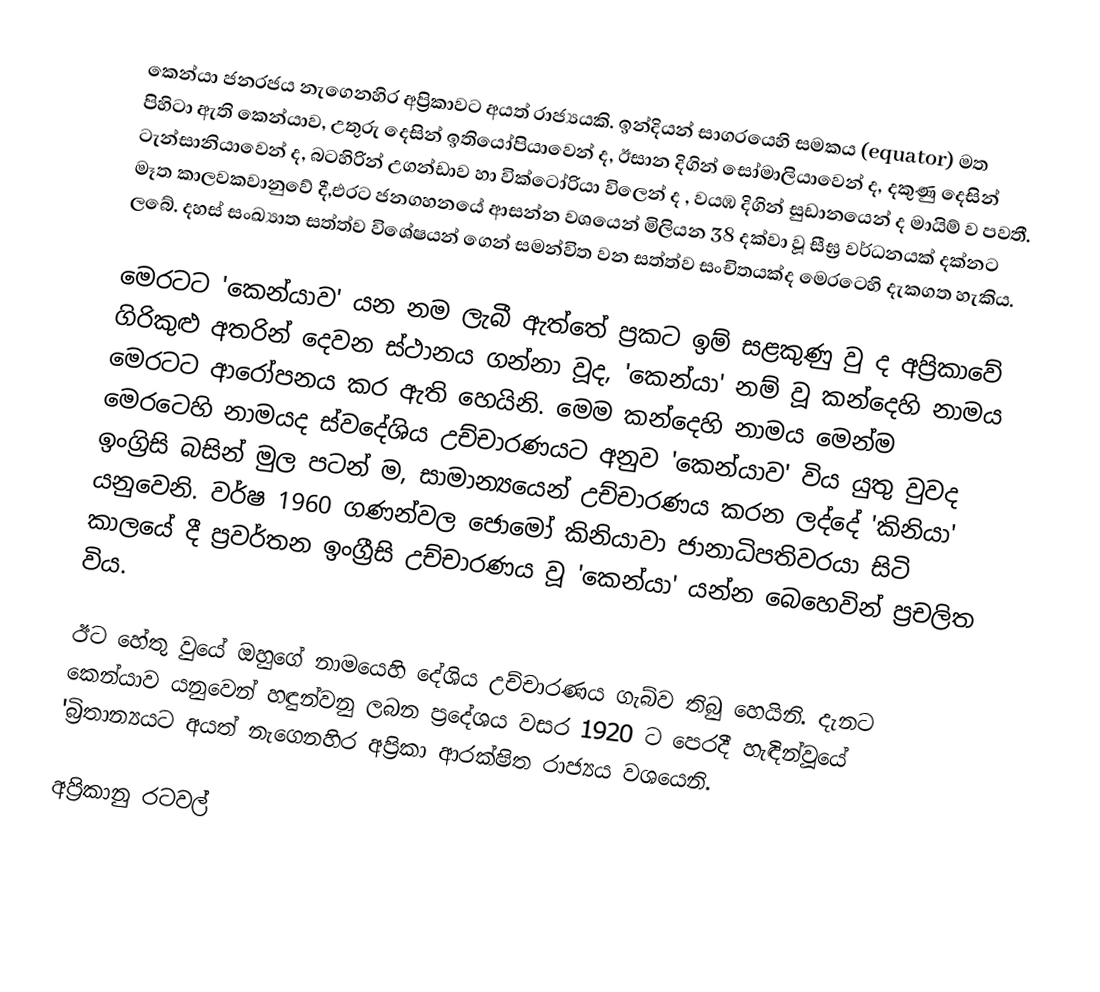
කෙන්යා ජනරජය නැගෙනහිර අප්‍රිකාවට අයත් රාජ්‍යයකි. ඉන්දියන් සාගරයෙහි සමකය (equator) මත පිහිටා ඇති කෙන්යාව, උතුරු දෙසින් ඉතියෝපියාවෙන් ද, ඊසාන දිගින් සෝමාලියාවෙන් ද, දකුණු දෙසින් ටැන්සානියාවෙන් ද, බටහිරින් උගන්ඩාව හා වි‍ක්ටෝරියා විලෙන් ද , වයඹ දිගින් සුඩානයෙන් ද මායිම් ව පවතී. මෑත කාලවකවානුවේ දී,එරට ජනගහනයේ  ආසන්න වශයෙන් මිලියන 38 දක්වා වූ සීඝ්‍ර වර්ධනයක් දක්නට ලබේ. දහස් සංඛ්‍යාත සත්ත්ව විශේෂයන් ගෙන් සමන්විත වන සත්ත්ව සංචිතයක්ද මෙරටෙහි දැකගත හැකිය.

මෙරටට 'කෙන්යාව' යන නම ලැබී ඇත්තේ ප්‍රකට ඉම් සළකුණු වු ද අප්‍රිකාවේ ගිරිකුළු අතරින් දෙවන ස්ථානය ගන්නා වූද, 'කෙන්යා'  නම් වූ කන්දෙහි නාමය මෙරටට ආරෝපනය කර ඇති හෙයිනි. මෙම කන්දෙහි නාමය මෙන්ම මෙරටෙහි නාමයද ස්වදේශිය උච්චාරණයට අනුව 'කෙන්යාව' විය  යුතු වුවද ඉංග්‍රිසි බසින් මුල පටන් ම, සාමාන්‍යයෙන් උච්චාරණය කරන ලද්දේ 'කිනියා' යනුවෙනි. වර්ෂ 1960 ගණන්වල ජොමෝ කිනියාවා ජානාධිපතිවරයා සිටි කාලයේ දී ප්‍රවර්තන ඉංග්‍රීසි උච්චාරණය වූ ‍'කෙන්යා' යන්න බෙහෙවින් ප්‍රචලිත විය.

ඊට හේතු වුයේ ඔහුගේ නාමයෙහි දේශිය උච්චාරණය ගැබ්ව තිබු හෙයිනි. දැනට කෙන්යාව යනුවෙන් හඳුන්වනු ලබන ප්‍රදේශය වසර 1920 ට පෙරදී හැඳින්වූයේ 'බ්‍රිතාන්‍යයට අයත් නැගෙනහිර අප්‍රිකා ආරක්ෂිත රාජ්‍යය  වශයෙනි.

අප්‍රිකානු රටවල්